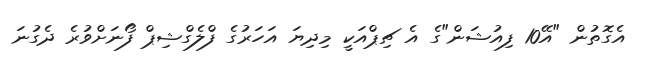
އެގޮތުން "އޭ10 ފިއުޝަން"ގެ އެ ޗިޕްއަކީ މިދިޔަ އަހަރުގެ ފްލެގްޝިޕް ފޯނަށްވުރެ ދެގުނަ